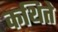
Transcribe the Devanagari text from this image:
कथिते